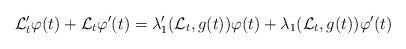
LaTeX: \begin{align*}\mathcal L_t'\varphi(t)+\mathcal L_t\varphi'(t)=\lambda_1'(\mathcal L_t,g(t))\varphi(t)+\lambda_1(\mathcal L_t,g(t))\varphi'(t)\end{align*}